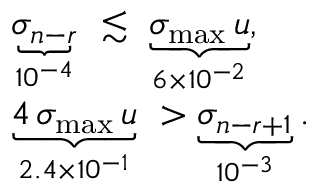
\begin{array} { r l } & { \underbrace { \sigma _ { n - r } } _ { 1 0 ^ { - 4 } } \ \lesssim \ \underbrace { \sigma _ { \operatorname* { m a x } } \, u } _ { 6 \times 1 0 ^ { - 2 } } , } \\ & { \underbrace { 4 \, \sigma _ { \operatorname* { m a x } } \, u } _ { 2 . 4 \times 1 0 ^ { - 1 } } \ > \underbrace { \sigma _ { n - r + 1 } } _ { 1 0 ^ { - 3 } } . } \end{array}